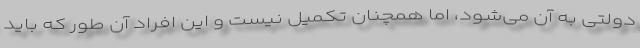
دولتی به آن می‌شود، اما همچنان تکمیل نیست و این افراد آن طور که باید